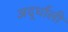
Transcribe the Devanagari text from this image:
अर्द्धाली